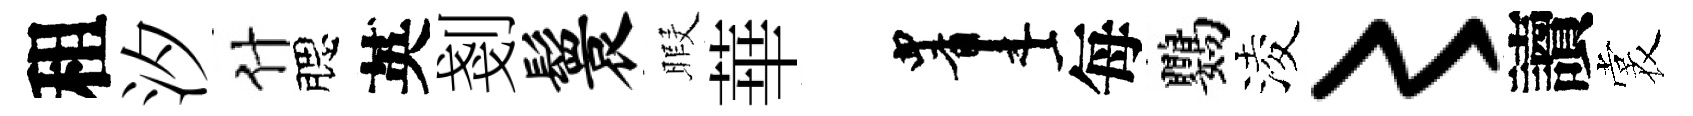
租汐什腮英剗鬟暇華画每鸚淩〻讀裳